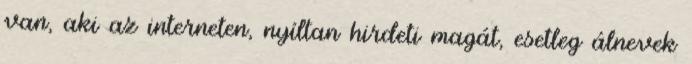
van, aki az interneten, nyíltan hirdeti magát, esetleg álnevek